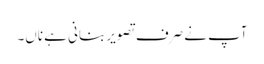
آپ نے صرف تصویر بنانی ہے ناں۔